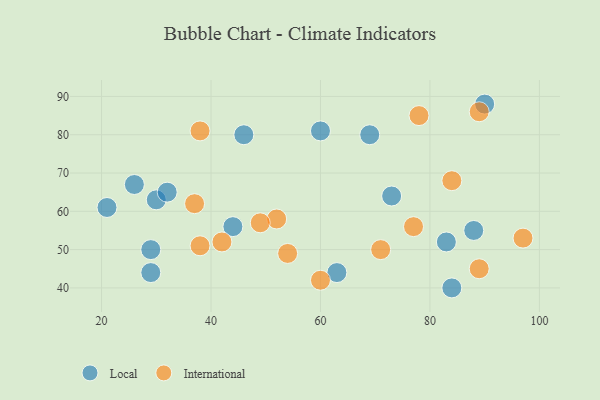
{"axis": {"x": "GDP", "y": "Life Expectancy"}, "legend": ["International", "Local"], "data": [{"x": "30", "y": 63, "type": "Local"}, {"x": "26", "y": 67, "type": "Local"}, {"x": "69", "y": 80, "type": "Local"}, {"x": "84", "y": 40, "type": "Local"}, {"x": "29", "y": 50, "type": "Local"}, {"x": "60", "y": 81, "type": "Local"}, {"x": "44", "y": 56, "type": "Local"}, {"x": "63", "y": 44, "type": "Local"}, {"x": "46", "y": 80, "type": "Local"}, {"x": "90", "y": 88, "type": "Local"}, {"x": "88", "y": 55, "type": "Local"}, {"x": "29", "y": 44, "type": "Local"}, {"x": "32", "y": 65, "type": "Local"}, {"x": "73", "y": 64, "type": "Local"}, {"x": "83", "y": 52, "type": "Local"}, {"x": "21", "y": 61, "type": "Local"}, {"x": "38", "y": 81, "type": "International"}, {"x": "84", "y": 68, "type": "International"}, {"x": "97", "y": 53, "type": "International"}, {"x": "89", "y": 45, "type": "International"}, {"x": "52", "y": 58, "type": "International"}, {"x": "89", "y": 86, "type": "International"}, {"x": "77", "y": 56, "type": "International"}, {"x": "37", "y": 62, "type": "International"}, {"x": "54", "y": 49, "type": "International"}, {"x": "60", "y": 42, "type": "International"}, {"x": "71", "y": 50, "type": "International"}, {"x": "38", "y": 51, "type": "International"}, {"x": "78", "y": 85, "type": "International"}, {"x": "42", "y": 52, "type": "International"}, {"x": "49", "y": 57, "type": "International"}]}